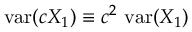
\operatorname { v a r } ( c X _ { 1 } ) \equiv c ^ { 2 } \, \operatorname { v a r } ( X _ { 1 } )